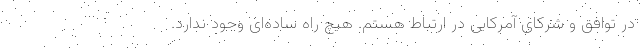
در توافق و شرکای آمرکایی در ارتباط هستم. هیچ راه ساده‌ای وجود ندارد.